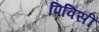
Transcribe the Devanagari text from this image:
पिविसी